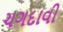
ચગદાવી